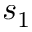
s _ { 1 }